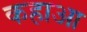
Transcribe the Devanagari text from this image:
कहाआ